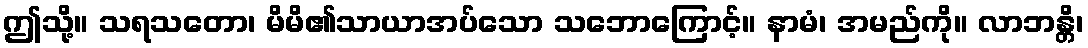
ဤသို့။ သရသတော၊ မိမိ၏သာယာအပ်သော သဘောကြောင့်။ နာမံ၊ အမည်ကို။ လာဘန္တိ၊